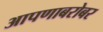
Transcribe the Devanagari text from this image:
आपणाबरोबर